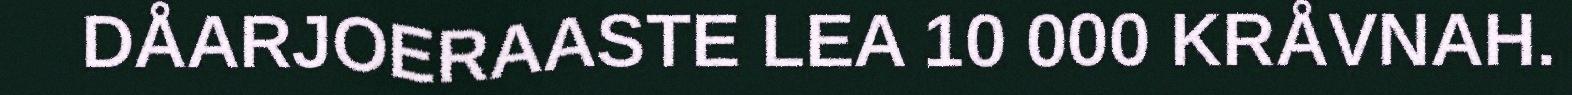
DÅARJOERAASTE LEA 10 000 KRÅVNAH.